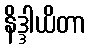
နိဒ္ဒါယိတာ